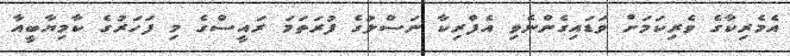
އެމެރިކާގެ ވެރިކަމަށް ވަޑައިގެންނެވި އެފްރިކާ ނަސްލުގެ ފުރަތަމަ ރައީސްގެ މި ފަހަރުގެ ކާމިޔާބީއާ